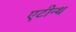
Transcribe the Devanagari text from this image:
एटीन्थ